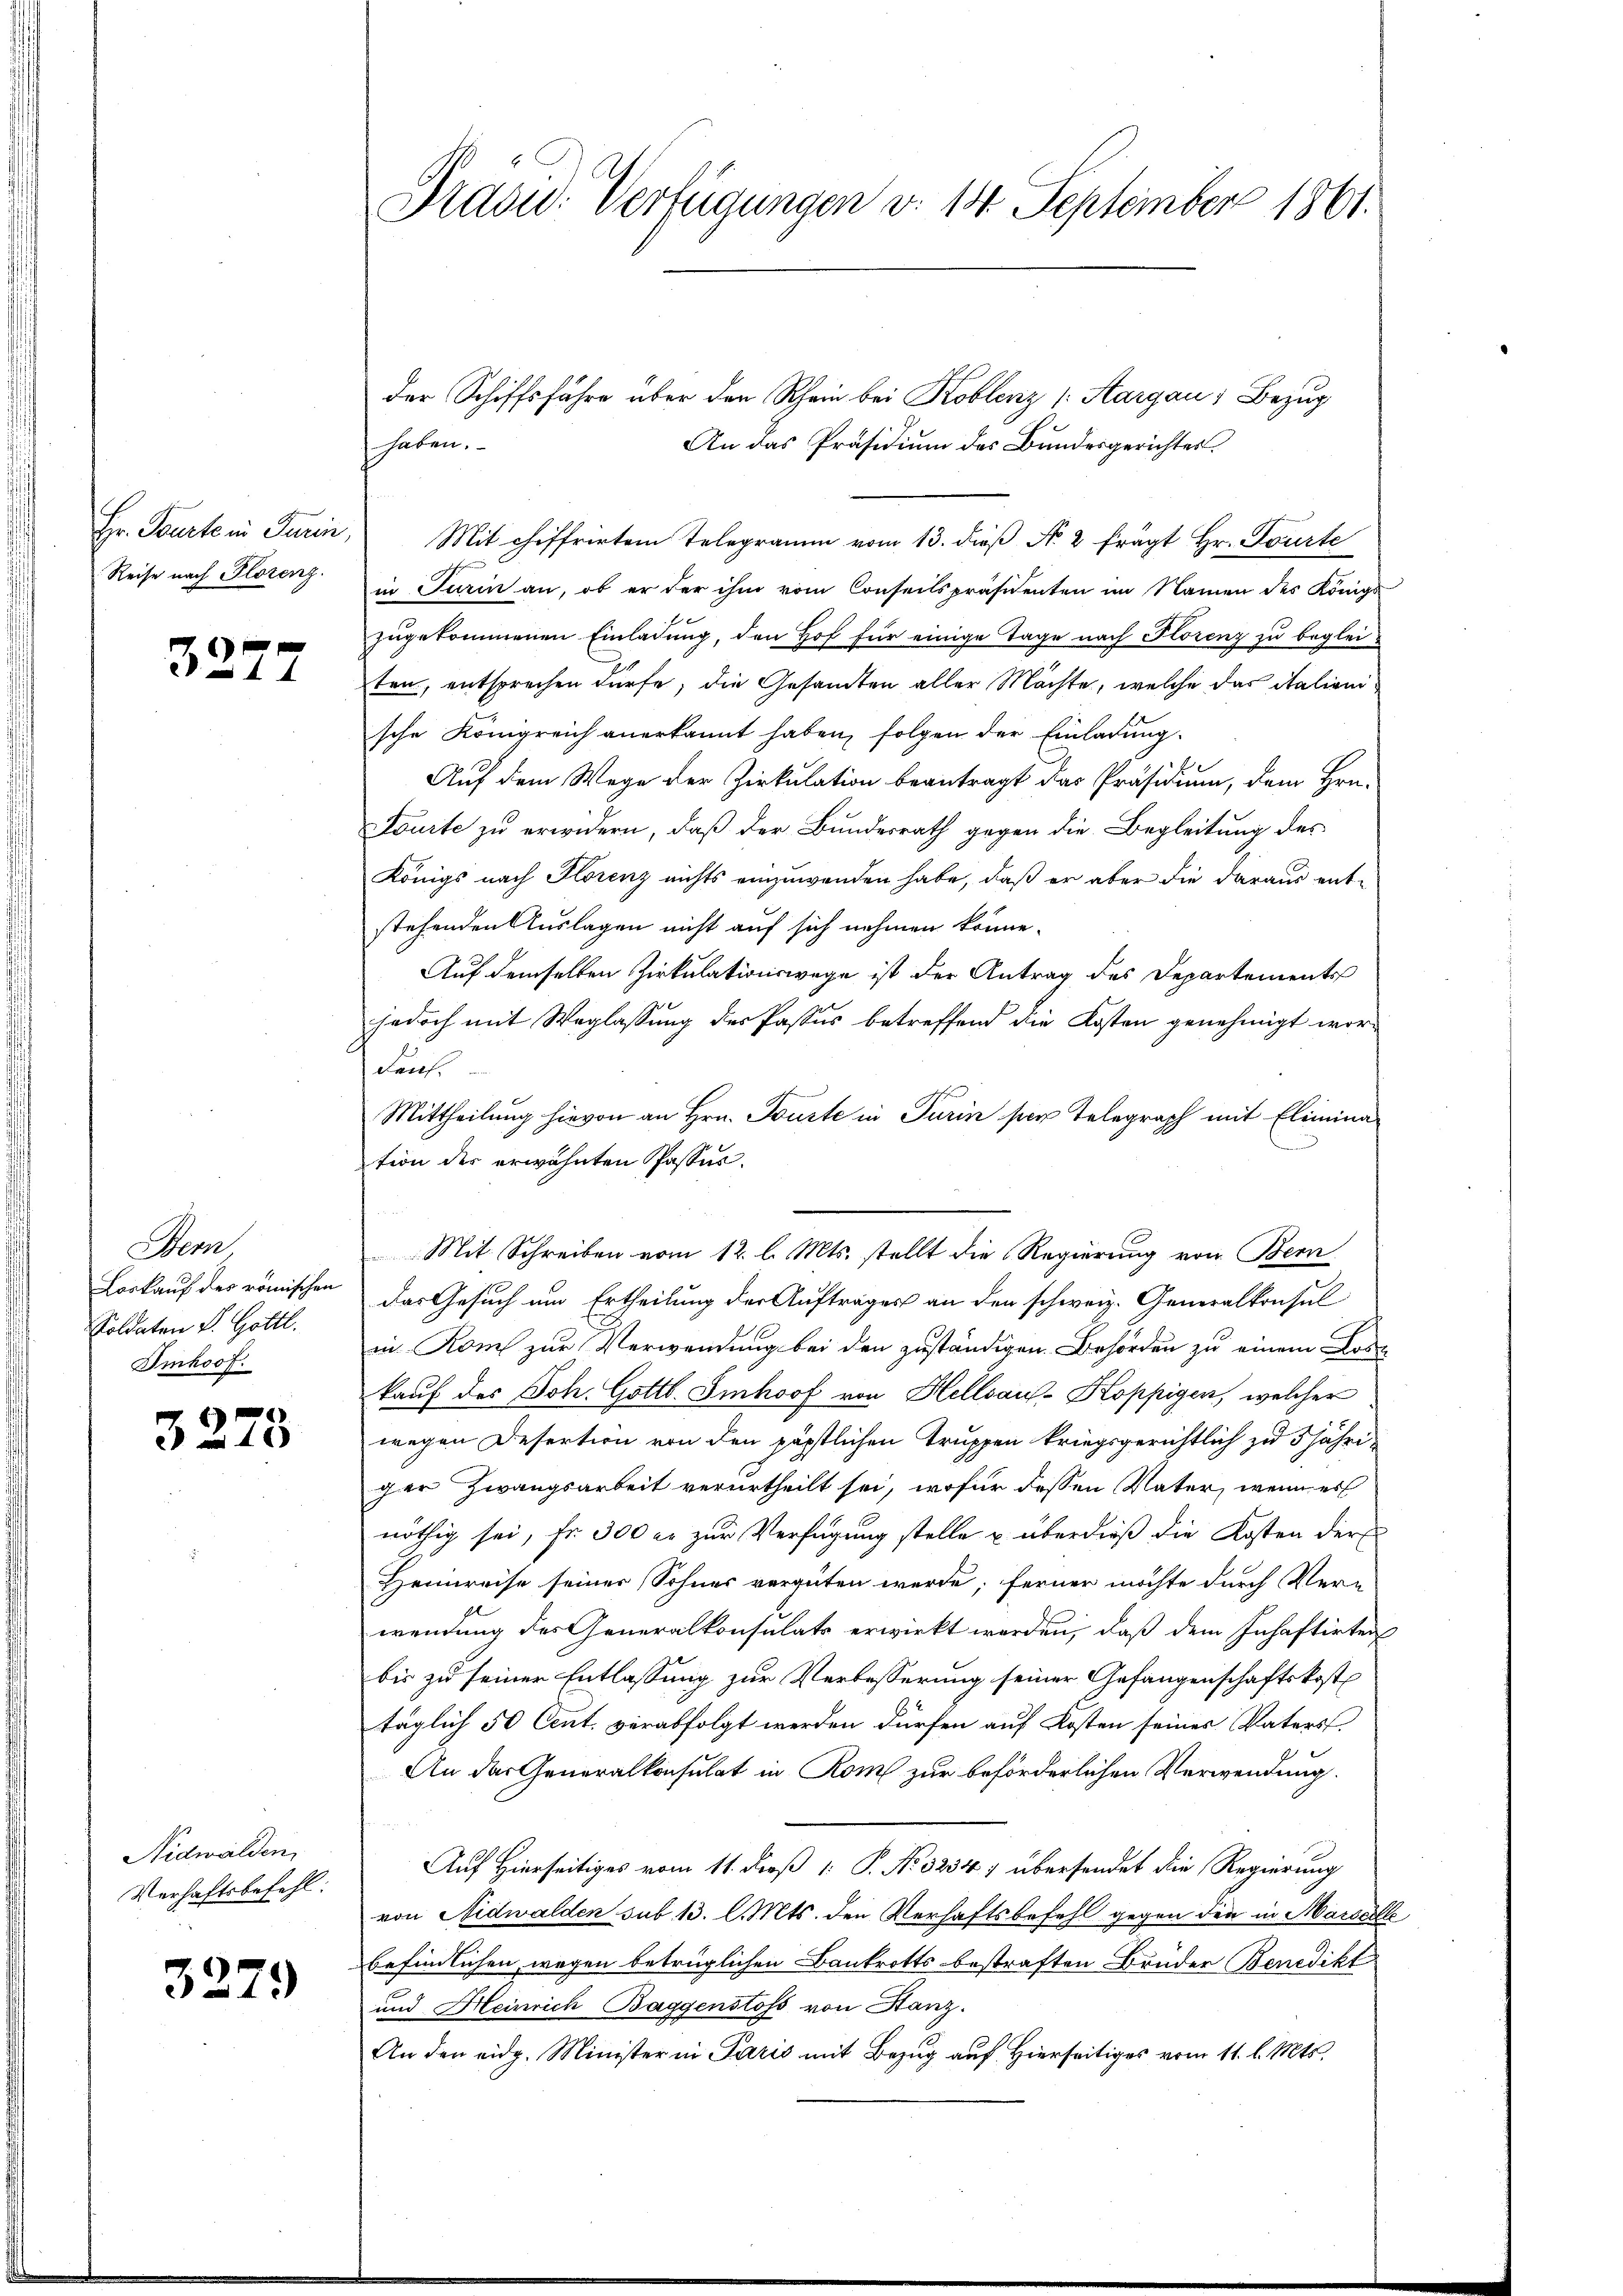
Hr. Beurte in Turin,
Reise nach Plozenz.

3277

Dem
Loskauf des römischen
Soldaten S. Gottl.
Imhoof.

x
4)

Nidwalden,
Verhaftsbefehl.

3279

Präsid. Verfügungen d. 14 September 1861.

der Schiffsführe über den Rhein bei Koblenz (Aargau, Bezug
An das Präsidium des Bundesgerichtes.
Mit chiffrirten Telegramm vom 13. dieß N. 2 frägt Hr. Tourte
in Turin an, ob er der ihm vom Conseitspräsidenten im Namen des Königl
zugekommenen Einladung, den Hof für einige Tage nach Florenz zu beglei-
ten, entsprechen dürfe, die Gesandten aller Mächte, welche das italieni
sche Königreich anerkannt haben, folgen der Einladung.
Auf dem Wege der Zirkulation beantragt das Präsidium, dem Hrn.
Fourte zu erwidern, daß der Bundesrath gegen die Begleitung des
Königs nach Florenz nichts einzuwenden habe, daß er aber die daraus ent-
stehenden Auslagen nicht auf sich nehmen könne.
Auf demselben Zirkulationswege ist der Antrag des Departements
jedoch mit Weglassung des Passus betreffend die Kosten genehmigt wor¬
Dauf.
Mittheilung hievon an Hrn. Touste in Turin ser Telegraph mit Elimination des erwähnten Passus.
Mit Schreiben vom 12. l. Mts. stellt die Regierung von Bern
das Gesuch um Ertheilung der Auftrages an den schweiz. Generalkonsul
in Rom zur Verwendung bei den zuständigen Behörden zu einem Bode
kauf des Joh. Gottl. Imhof von Hellsaus-Koppigen, welcher
wegen Desertion von den päpstlichen Truppen kriegsgerichtlich zu 5 jähriger Zwangsarbeit verurtheilt sei, wofür dessen Vater, wenn es
nöthig sei, fr. 300 er zur Verfügung stelle u. überdieß die Kosten der
Heimreise seiner Sohnes vergüten werde; ferner möchte durch Ver-
wendung des Generalkonsulats erwirkt werden, daß dem Inhaftirten
bis zu seiner Entlassung zur Verbesserung seiner Gefangenschaftskost
täglich 50 Cent. verabfolgt werden dürfen auf Kosten seines Vaters.
An das Generalkonsulat in Rom zur beförderlichen Verwendung.
Auf Hierseitiges vom 11. dieß 1: P. Nr. 3234; übersendet die Regierung
von Nidwalden sub 13. l. Mts. den Verhaftsbefehl gegen den in Marseill
befindlichen wegen betrüglichen Bankrotts bestraften Bruder Benedikt
und Heinrich Baggenstoss von Stanz.
An den eidg. Minister in Paris mit Bezug auf Hierseitiges vom 11. l. Mts.

haben.